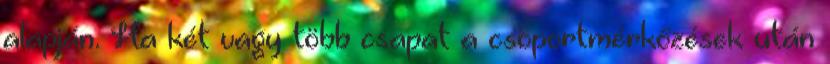
alapján. Ha két vagy több csapat a csoportmérkőzések után